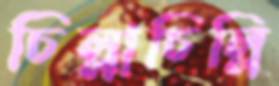
চিল্লাচিল্লি